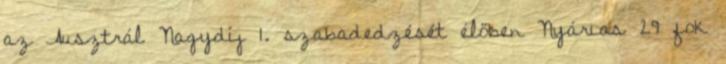
az Ausztrál Nagydíj 1. szabadedzését élőben Nyárias 29 fok